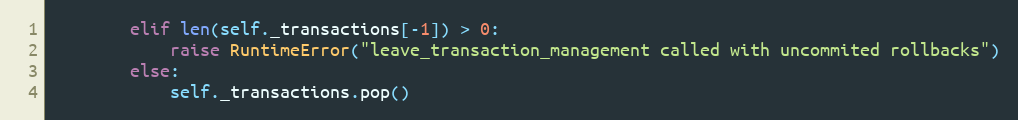
Language: Python
        elif len(self._transactions[-1]) > 0:
            raise RuntimeError("leave_transaction_management called with uncommited rollbacks")
        else:
            self._transactions.pop()